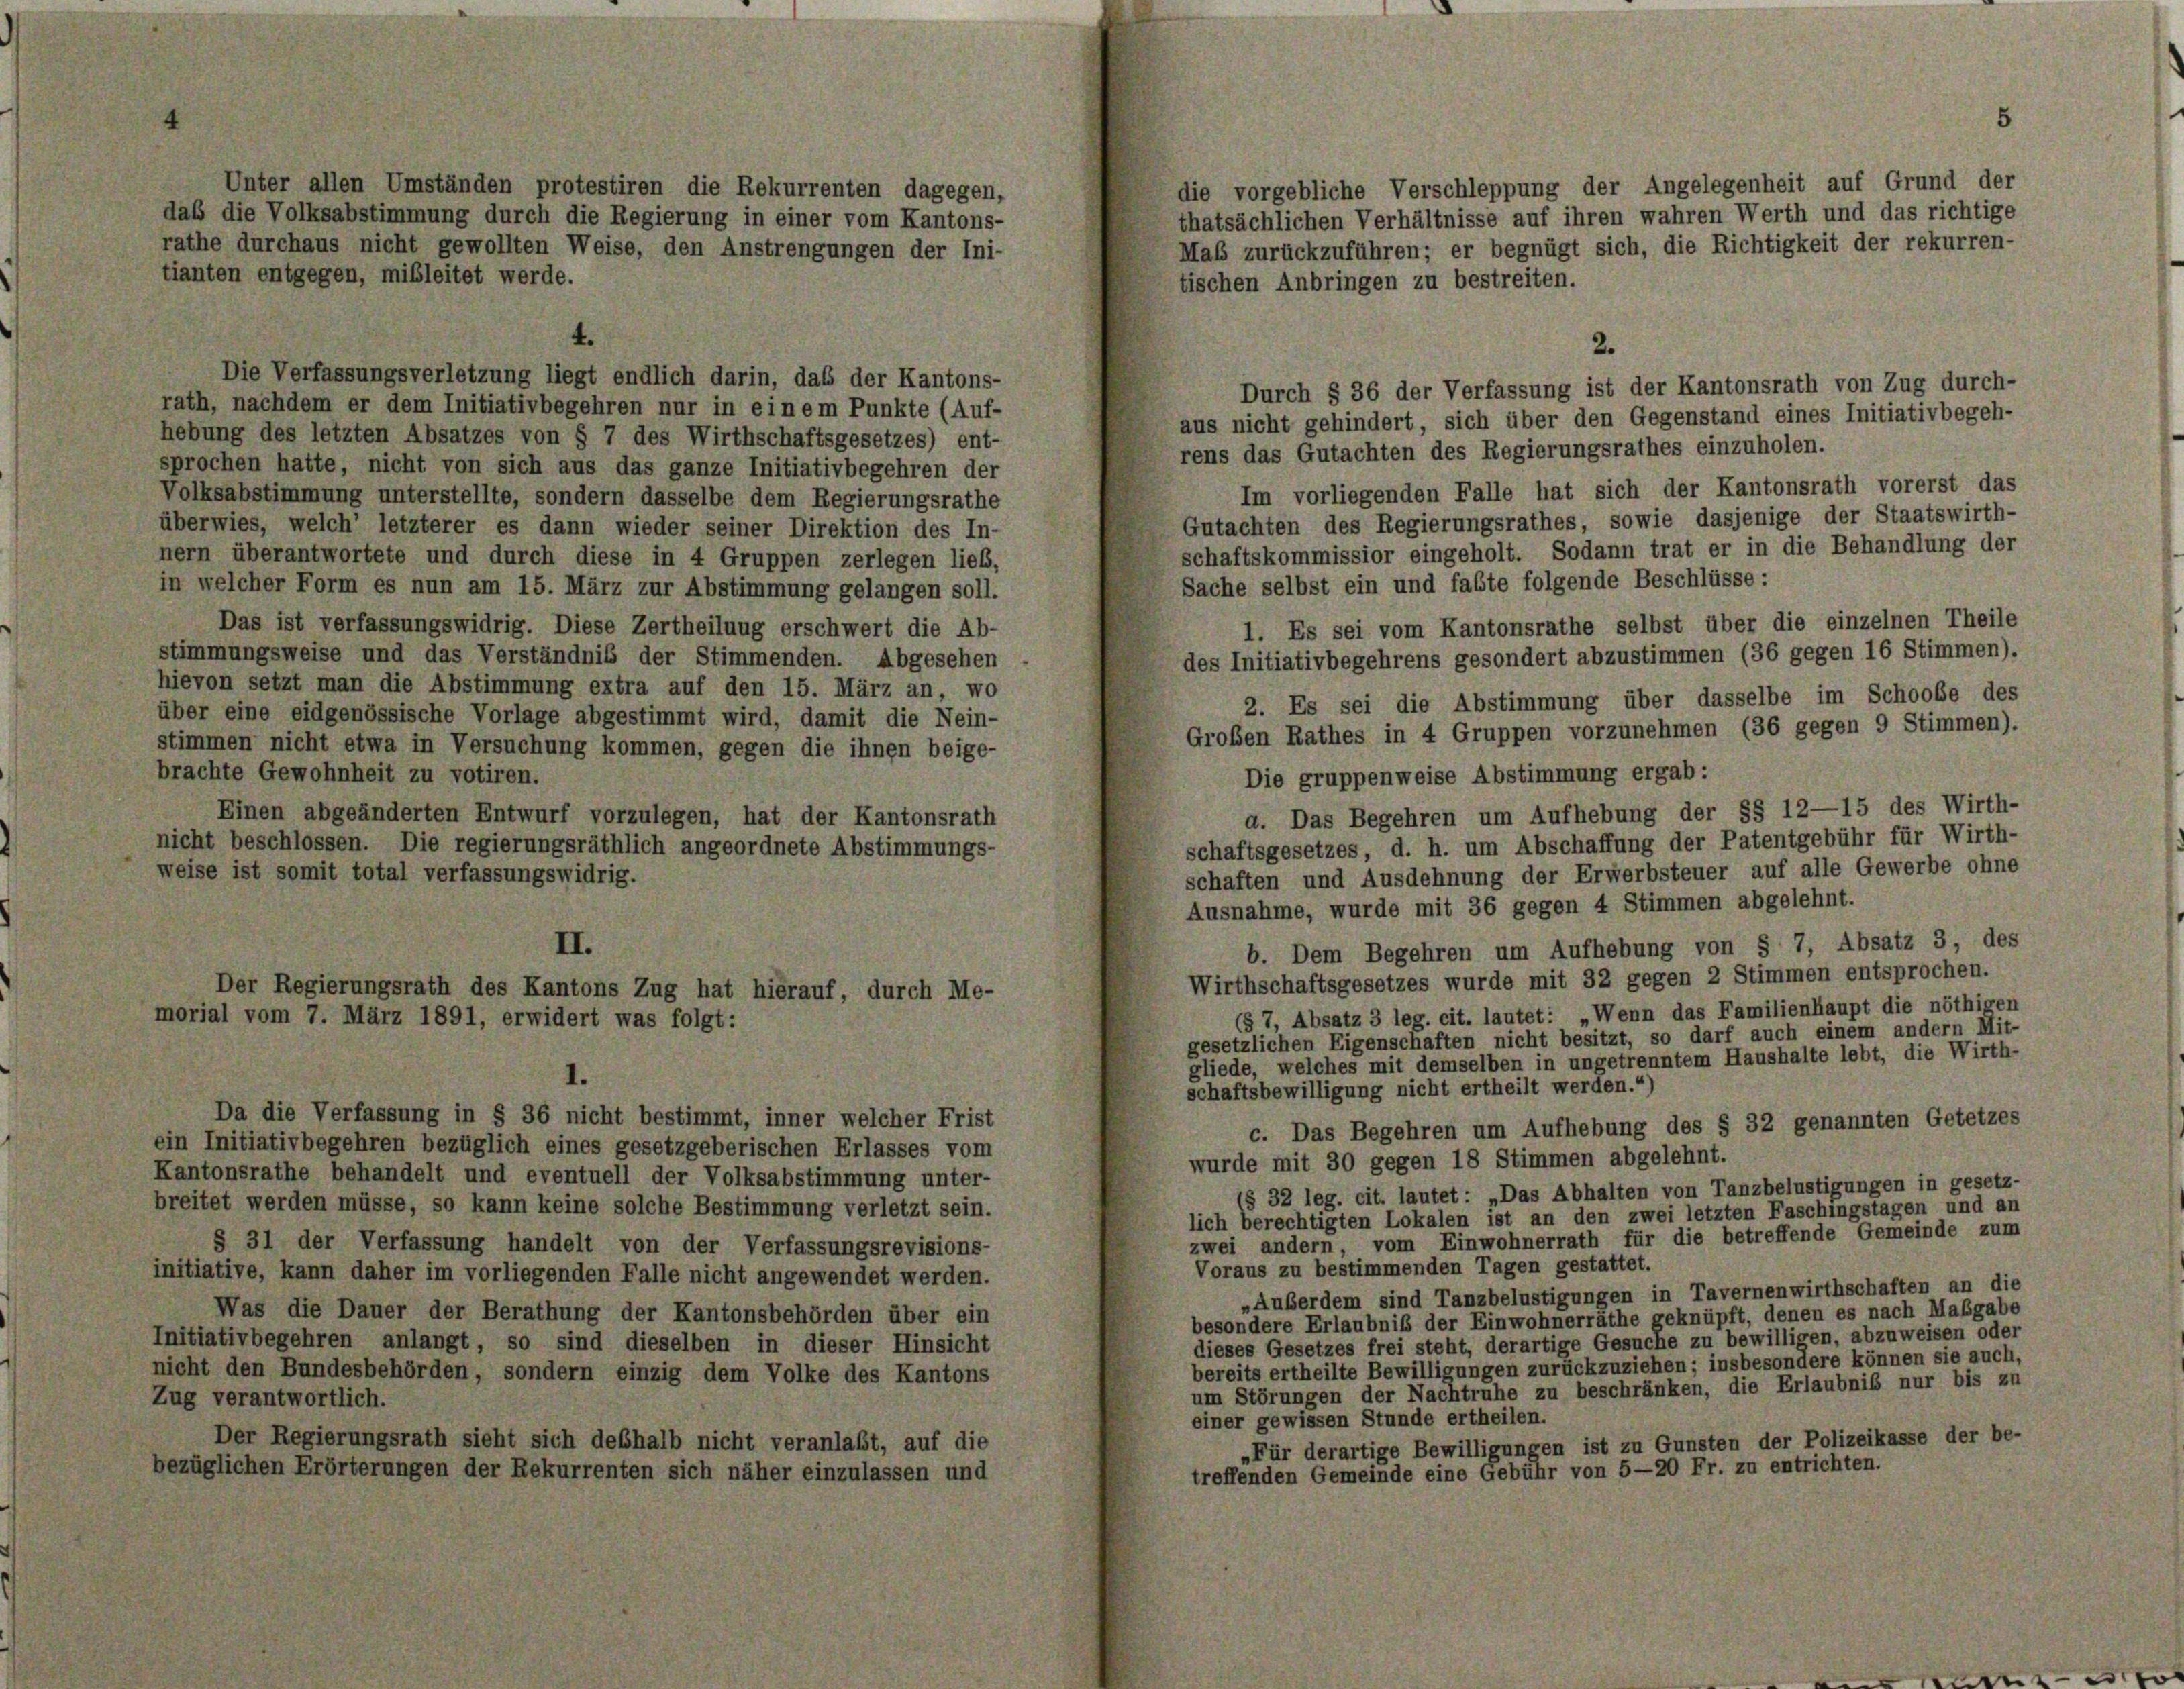
Unter allen Umständen protestiren die Rekurrenten dagegen,
die vorgebliche Verschleppung der Angelegenheit auf Grund der
daß die Volksabstimmung durch die Regierung in einer vom Kantons-
thatsächlichen Verhältnisse auf ihren wahren Werth und das richtige
rathe durchaus nicht gewollten Weise, den Anstrengungen der Ini-
Maß zurückzuführen; er begnügt sich, die Richtigkeit der rekurren-
tianten entgegen, mibleitet werde.
tischen Anbringen zu bestreiten.
4.
2.
Die Verfassungsverletzung liegt endlich darin, das der Kantons-
Durch § 36 der Verfassung ist der Kantonsrath von Zug durch-
rath, nachdem er dem Initiativbegehren nur in einem Punkte (Auf-
aus nicht gehindert, sich über den Gegenstand eines Initiativbegeh-
hebung des letzten Absatzes von § 7 des Wirthschaftsgesetzes) ent-
rens das Gutachten des Regierungsrathes einzuholen.
sprochen hatte, nicht von sich aus das ganze Initiativbegehren der
Im vorliegenden Falle hat sich der Kantonsrath vorerst das
Volksabstimmung unterstellte, sondern dasselbe dem Regierungsrathe
Gutachten des Regierungsrathes, sowie dasjenige der Staatswirth-
überwies, welch’ letzterer es dann wieder seiner Direktion des In-
schaftskommissior eingeholt. Sodann trat er in die Behandlung der
nern überantwortete und durch diese in 4 Gruppen zerlegen lieb,
Sache selbst ein und fabte folgende Beschlüsse:
in welcher Form es nun am 15. März zur Abstimmung gelangen soll.
Das ist verfassungswidrig. Diese Zertheilung erschwert die Ab-
1. Es sei vom Kantonsrathe selbst über die einzelnen Theile
stimmungsweise und das Verständnis der Stimmenden. Abgesehen
des Initiativbegehrens gesondert abzustimmen (36 gegen 16 Stimmen).
hievon setzt man die Abstimmung extra auf den 15. März an, wo
2. Es sei die Abstimmung über dasselbe im Schoobe des
über eine eidgenössische Vorlage abgestimmt wird, damit die Nein-
Großen Rathes in 4 Gruppen vorzunehmen (36 gegen 9 Stimmen).
stimmen nicht etwa in Versuchung kommen, gegen die ihnen beige-
brachte Gewohnheit zu votiren.
Die gruppenweise Abstimmung ergab:
a. Das Begehren um Aufhebung der §§ 12—15 des Wirth-
Einen abgeänderten Entwurf vorzulegen, hat der Kantonsrath
schaftsgesetzes, d. h. um Abschaffung der Patentgebühr für Wirth-
nicht beschlossen. Die regierungsräthlich angeordnete Abstimmungs-
schaften und Ausdehnung der Erwerbsteuer auf alle Gewerbe ohne
weise ist somit total verfassungswidrig.
Ausnahme, wurde mit 36 gegen 4 Stimmen abgelehnt.
II.
b. Dem Begehren um Aufhebung von § 7, Absatz 3, des
Wirthschaftsgesetzes wurde mit 32 gegen 2 Stimmen entsprochen.
Der Regierungsrath des Kantons Zug hat hierauf, durch Me-
(§ 7, Absatz 3 leg. cit. lautet: „Wenn das Familienhaupt die nöthigen
morial vom 7. März 1891, erwidert was folgt:
gesetzlichen Eigenschaften nicht besitzt, so darf auch einem andern Mit-
gliede, welches mit demselben in ungetrenntem Haushalte lebt, die Wirth-
1.
schaftsbewilligung nicht ertheilt werden.“)
Da die Verfassung in § 36 nicht bestimmt, inner welcher Frist
c. Das Begehren um Aufhebung des § 32 genannten Getetzes
ein Initiativbegehren bezüglich eines gesetzgeberischen Erlasses vom
wurde mit 30 gegen 18 Stimmen abgelehnt.
Kantonsrathe behandelt und eventuell der Volksabstimmung unter-
(§ 32 leg. cit. lautet: „Das Abhalten von Tanzbelustigungen in gesetz-
breitet werden müsse, so kann keine solche Bestimmung verletzt sein.
lich berechtigten Lokalen ist an den zwei letzten Faschingstagen und an
zwei andern, vom Einwohnerrath für die betreffende Gemeinde zum
§ 31 der Verfassung handelt von der Verfassungsrevisions-
Voraus zu bestimmenden Tagen gestattet.
initiative, kann daher im vorliegenden Falle nicht angewendet werden.
„Außerdem sind Tanzbelustigungen in Tavernenwirthschaften an die
Was die Dauer der Berathung der Kantonsbehörden über ein
besondere Erlaubniß der Einwohnerräthe geknüpft, denen es nach Maßgabe
dieses Gesetzes frei steht, derartige Gesuche zu bewilligen, abzuweisen oder
Initiativbegehren anlangt, so sind dieselben in dieser Hinsicht
bereits ertheilte Bewilligungen zurückzuziehen; insbesondere können sie auch,
nicht den Bundesbehörden, sondern einzig dem Volke des Kantons
um Störungen der Nachtruhe zu beschränken, die Erlaubniß nur bis zu
Zug verantwortlich.
einer gewissen Stunde ertheilen.
Der Regierungsrath sieht sich deßhalb nicht veranlaßt, auf die
„Für derartige Bewilligungen ist zu Gunsten der Polizeikasse der be-
bezüglichen Erörterungen der Rekurrenten sich näher einzulassen und
treffenden Gemeinde eine Gebühr von 5-20 Fr. zu entrichten.

5